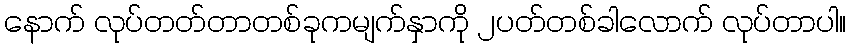
နောက် လုပ်တတ်တာတစ်ခုကမျက်နှာကို ၂ပတ်တစ်ခါလောက် လုပ်တာပါ။